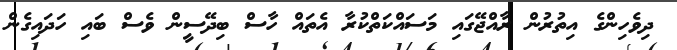
ދިވެހިންގެ އިތުރުން ރާއްޖޭގައި މަސައްކަތްކުރާ އެތައް ހާސް ބިދޭސީން ވެސް ބައި ހަދައިގެން